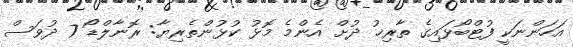
އަހަންނަކީ ފުޓްބޯޅައިގެ ތާރިޚު ދުށް އެންމެ މޮޅު ކުޅުންތެރިޔާ: ރޮނާލްޑޯ 7 ދުވަސް